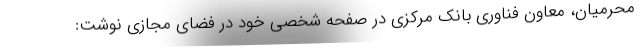
محرمیان، معاون فناوری بانک مرکزی در صفحه شخصی خود در فضای مجازی نوشت: